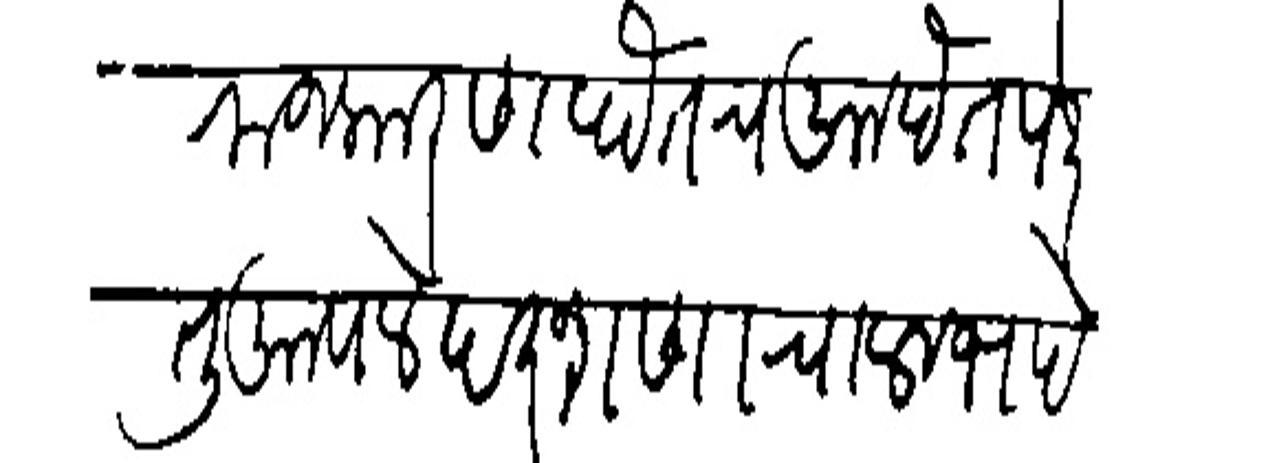
Transliteration (Devanagari): राजकारण होतच आहेत परंतु आपले दरशणाचा लाभ है